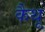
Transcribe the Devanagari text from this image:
कैथू